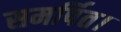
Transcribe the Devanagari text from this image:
समर्पित।